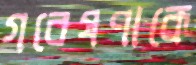
গবেষণাকে